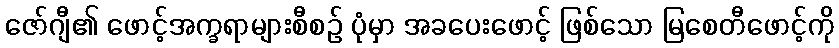
ဇော်ဂျီ၏ ဖောင့်အက္ခရာများစီစဉ် ပုံမှာ အခပေးဖောင့် ဖြစ်သော မြစေတီဖောင့်ကို